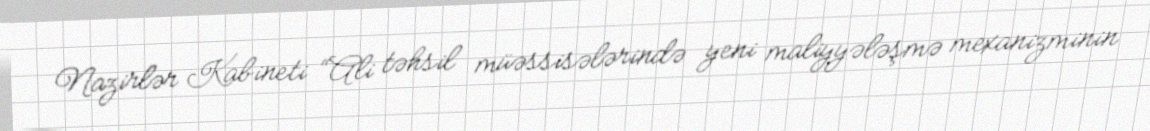
Nazirlər Kabineti “Ali təhsil müəssisələrində yeni maliyyələşmə mexanizminin